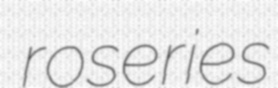
roseries